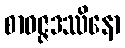
စာဝဇ္ဇဒဿိနော